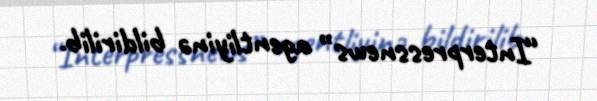
“Interpressnews” agentliyinə bildirilib.